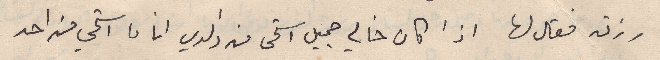
رزق فقال لها اذا كان خالي جميل استحى من والدي انا ما استحي من احد